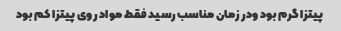
پیتزا گرم بود ودر زمان مناسب رسید فقط مواد روی پیتزا کم بود